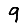
Digit: 9